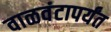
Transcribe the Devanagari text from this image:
वाळवंटापर्यंत